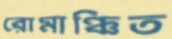
রোমাঞ্চিত